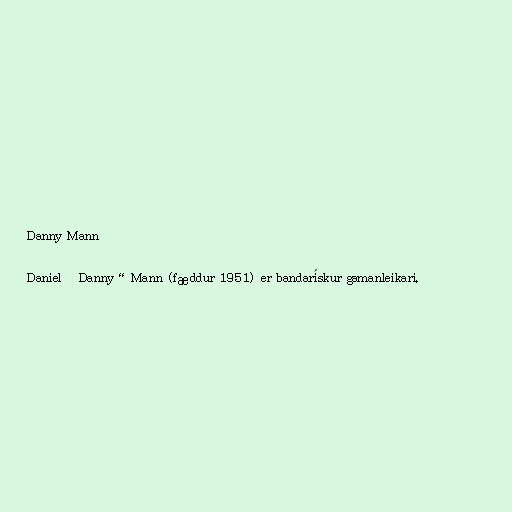
Danny Mann

Daniel „Danny“ Mann (fæddur 1951) er bandarískur gamanleikari.